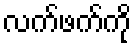
လက်ဖက်ကို